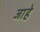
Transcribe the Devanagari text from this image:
जाहे